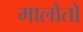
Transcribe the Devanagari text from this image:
मालोतो